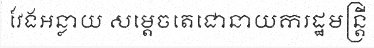
វែងអន្លាយ សម្តេចតេជោនាយករដ្ឋមន្ត្រី